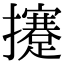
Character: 攓